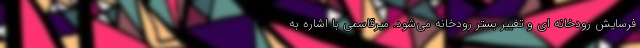
فرسایش رودخانه ای و تغییر بستر رودخانه می‌شود. میرقاسمی با اشاره به